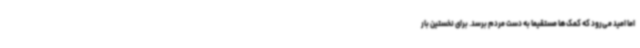
اما امید می‌رود که کمک‌ها مستقیماً به دست مردم برسد. برای نخستین بار